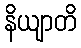
နိယျာတိ